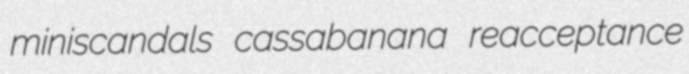
miniscandals cassabanana reacceptance